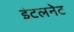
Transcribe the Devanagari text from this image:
इंटलनेट